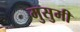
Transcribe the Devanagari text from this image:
मुसुमी